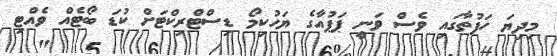
މިދިޔަ ހަފުތާގައި ވެސް ވަނީ ޕަޕުއާގެ ޔަހުކިމޯ ޑިސްޓްރިކްޓަށް ކުޑަ ބޯޓެއް ވެއްޓި